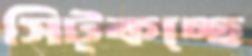
সিট্‌কচ্ছে